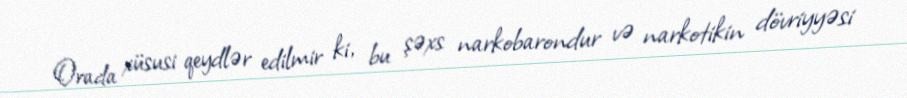
Orada xüsusi qeydlər edilmir ki, bu şəxs narkobarondur və narkotikin dövriyyəsi